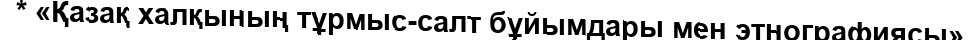
* «Қазақ халқының тұрмыс-салт бұйымдары мен этнографиясы»